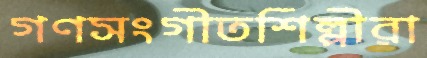
গণসংগীতশিল্পীরা